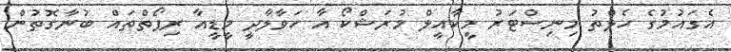
އެގައުމުގެ ހެލްތު މިނިސްޓަރު މީކާއީލް މުރަޝްކޯ އާ ހަވާލާދީ މީޑީއާ ރިޕޯތްތައް ބުނާގޮތުން